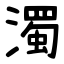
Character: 濁